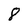
Character: 8